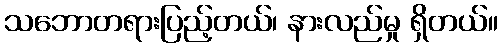
သဘောတရားပြည့်တယ်၊ နားလည်မှု ရှိတယ်။